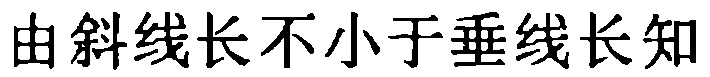
由斜线长不小于垂线长知